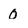
Character: 0